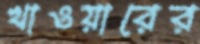
খাওয়ারের